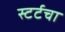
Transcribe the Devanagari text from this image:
स्टर्टचा